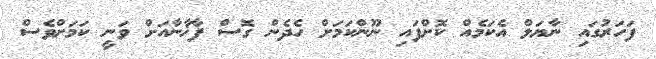
ފަހަރުގައި ނާޔަލް އެކަމެއް ކޮށްފައި ނޫންކަމަށް ހެދެން ގޮސް ފާޚާނާއަށް ވަނީ ކަމަށްވެސް